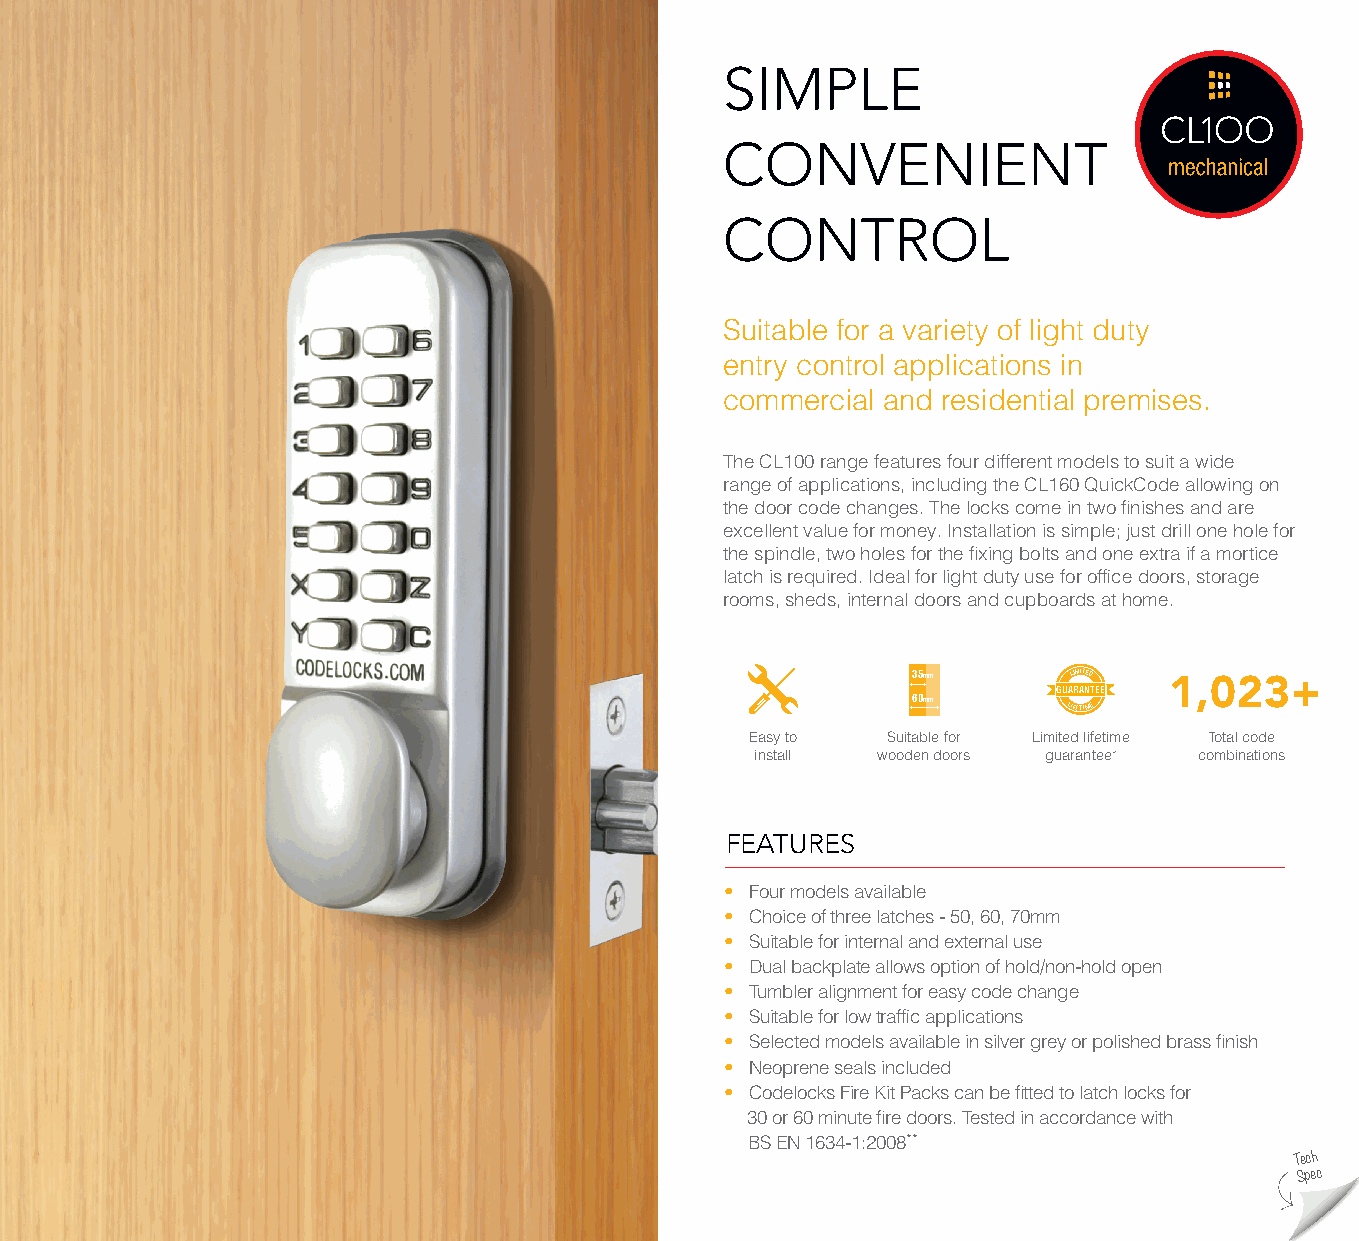
SIMPLE
 CONVENIENT
 CONTROL
 Suitable for a variety of light duty
 entry control applications in
 commercial and residential premises.
 The CL100 range features four different models to suit a wide
 range of applications, including the CL160 QuickCode allowing on
 the door code changes. The locks come in two finishes and are
 excellent value for money. Installation is simple; just drill one hole for
 the spindle, two holes for the fixing bolts and one extra if a mortice
 latch is required. Ideal for light duty use for office doors, storage
 rooms, sheds, internal doors and cupboards at home.
 35mm       LIMITED
 GUARANTEE 1,023+
 60mm
 LIFETIME
 Easy to  Suitable for Limited lifetime Total code
 install wooden doors guarantee* combinations
 FEATURES
 FEATURES
 • Four models available
 • Choice of three latches - 50, 60, 70mm
 • Suitable for internal and external use
 • Dual backplate allows option of hold/non-hold open
 • Tumbler alignment for easy code change
 • Suitable for low traffic applications
 • Selected models available in silver grey or polished brass finish
 • Neoprene seals included
 • Codelocks Fire Kit Packs can be fitted to latch locks for
 30 or 60 minute fire doors. Tested in accordance with
 BS EN 1634-1:2008**
 Tech
 Spec